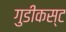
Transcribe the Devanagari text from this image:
गुडीकस्ट